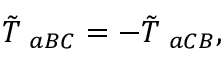
\tilde { T } _ { \; \; a B C } = - \tilde { T } _ { \; \; a C B } ,